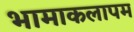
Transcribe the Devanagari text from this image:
भामाकलापम